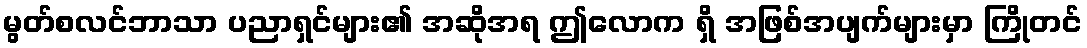
မွတ်စလင်ဘာသာ ပညာရှင်များ၏ အဆိုအရ ဤလောက ရှိ အဖြစ်အပျက်များမှာ ကြိုတင်